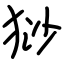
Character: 猀